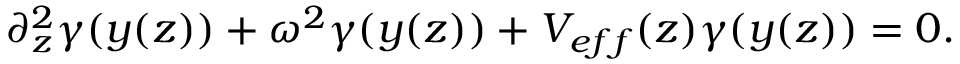
\partial _ { z } ^ { 2 } \gamma ( y ( z ) ) + \omega ^ { 2 } \gamma ( y ( z ) ) + V _ { e f f } ( z ) \gamma ( y ( z ) ) = 0 .